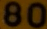
80